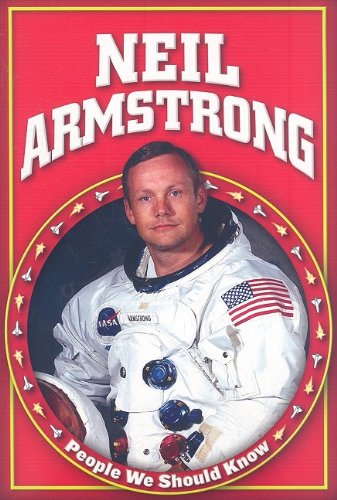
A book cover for Neil Armstrong (People We Should Know); Rachel A. Koestler-Grack; Children's Books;